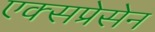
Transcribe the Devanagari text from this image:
एक्सप्रेसेन